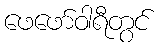
ဖေဖော်ဝါရီတွင်